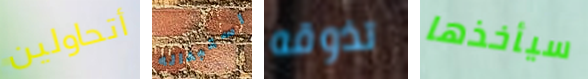
أتحاولين استبداله تذوقه سيأخذها